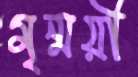
মৃন্ময়ী